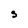
Character: S